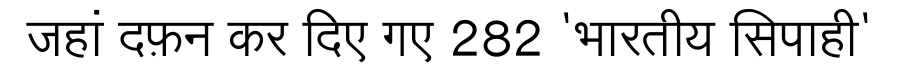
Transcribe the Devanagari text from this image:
जहां दफ़न कर दिए गए 282 'भारतीय सिपाही'